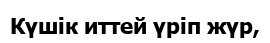
Күшік иттей үріп жүр,